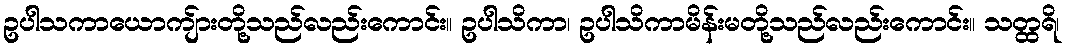
ဥပါသကာယောကျ်ားတို့သည်လည်းကောင်း။ ဥပါသိကာ၊ ဥပါသိကာမိန်းမတို့သည်လည်းကောင်း။ သတ္ထရိ၊